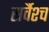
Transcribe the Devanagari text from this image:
सर्वैश्‍च